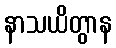
နာသယိတွာန